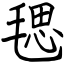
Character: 毸